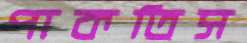
পাকতিস